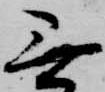
無